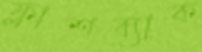
ফ্লাশব্যাক